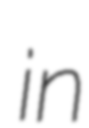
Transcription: in